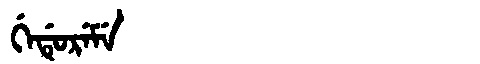
Manchu: ᡤᡝᡩᡠᡵᡝᠮᡝ
Romanization: GEDUREME